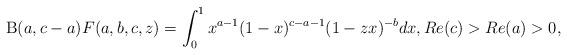
LaTeX: \begin{align*}\mathrm{B}(a,c-a)F(a,b,c,z)=\int^1_0 x^{a-1}(1-x)^{c-a-1}(1-zx)^{-b}dx,Re(c)>Re(a)>0,\end{align*}